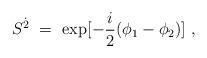
LaTeX: \begin{align*}S^{\dot 2}~=~ {\rm exp}[-\frac{i}{2}(\phi_1-\phi_2)]~,\end{align*}